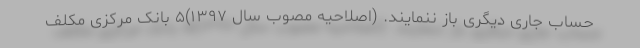
حساب جاری دیگری باز ننمایند. (اصلاحیه مصوب سال ۱۳۹۷)۵ بانک مرکزی مکلف